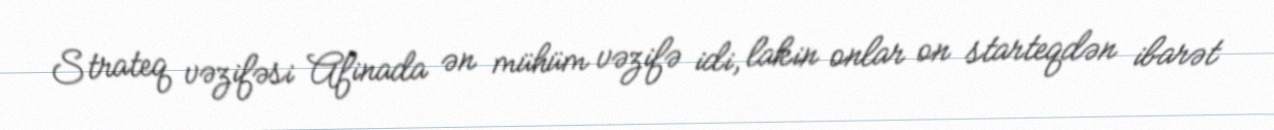
Strateq vəzifəsi Afinada ən mühüm vəzifə idi, lakin onlar on starteqdən ibarət